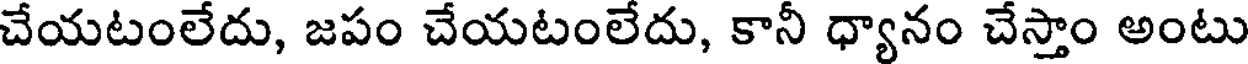
చేయటంలేదు, జపం చేయటంలేదు, కానీ ధ్యానం చేస్తాం అంటు